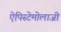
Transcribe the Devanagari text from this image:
ऐपिस्टेमोलाजी